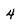
Character: 4